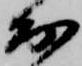
出